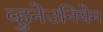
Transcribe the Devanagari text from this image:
व्हुनेउनियेम